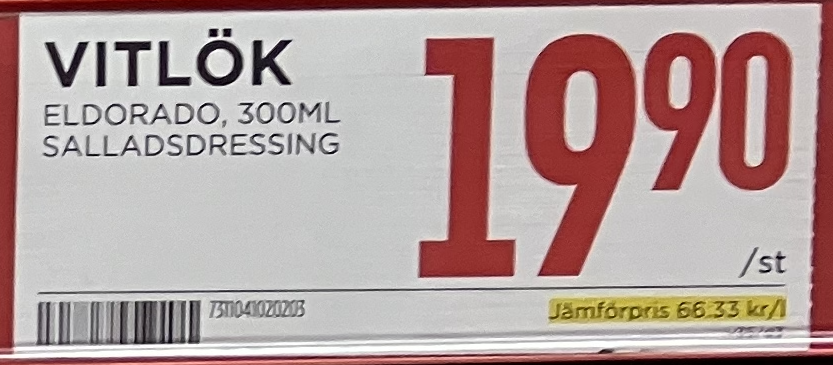
Vara: Vitlök
Genomsnittspris: 66.33 per L